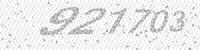
Solution: 921703